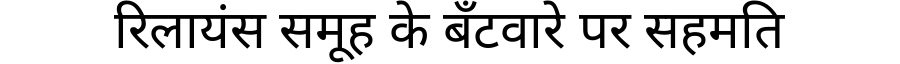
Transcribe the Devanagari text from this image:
रिलायंस समूह के बँटवारे पर सहमति